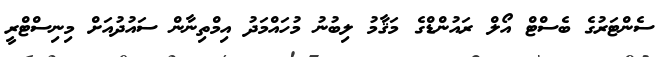
ސެންޓަރުގެ ބެސްޓް އޯލް ރައުންޑްގެ މަޤާމު ލިބުނު މުހައްމަދު އިމްތިނާން ސައުދުއަށް މިނިސްޓްރީ